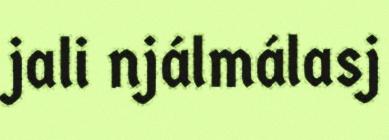
jali njálmálasj